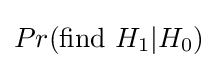
Pr({\text{find }}H_{1}|H_{0})